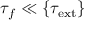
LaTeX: \tau _ { f } \ll \{ \tau _ { \mathrm { e x t } } \}